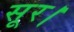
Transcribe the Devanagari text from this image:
सूर।